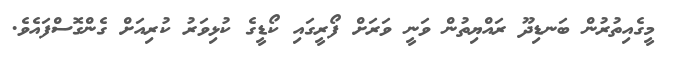
މީގެއިތުރުން ބަނޑިދޫ ރައްޔިތުން ވަނީ ވަރަށް ފޯރީގައި ކޯޑީގެ ކުޅިވަރު ކުރިއަށް ގެންގޮސްފައެވެ.